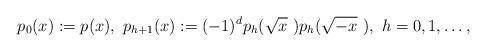
LaTeX: \begin{align*} p_0(x):=p(x),~p_{h+1}(x):=(-1)^ dp_h(\sqrt x~)p_h(\sqrt{-x}~),~h=0,1,\dots,\end{align*}